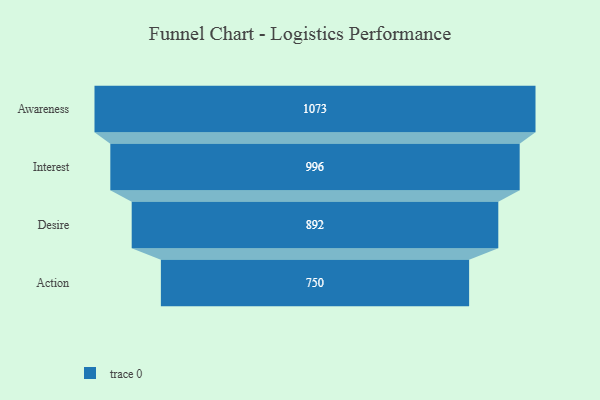
{"axis": {"x": "Stage", "y": "Value"}, "legend": [""], "data": [{"x": "Awareness", "y": 1073.0, "type": ""}, {"x": "Interest", "y": 996.0, "type": ""}, {"x": "Desire", "y": 892.0, "type": ""}, {"x": "Action", "y": 750.0, "type": ""}]}